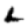
Digit: 2